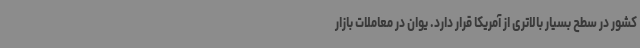
کشور در سطح بسیار بالاتری از آمریکا قرار دارد. یوان در معاملات بازار